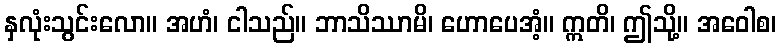
နှလုံးသွင်းလော။ အဟံ၊ ငါသည်။ ဘာသိဿာမိ၊ ဟောပေအံ့။ ဣတိ၊ ဤသို့။ အဝေါစ၊